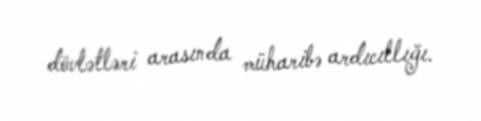
dövlətləri arasında müharibə ardıcıllığı.